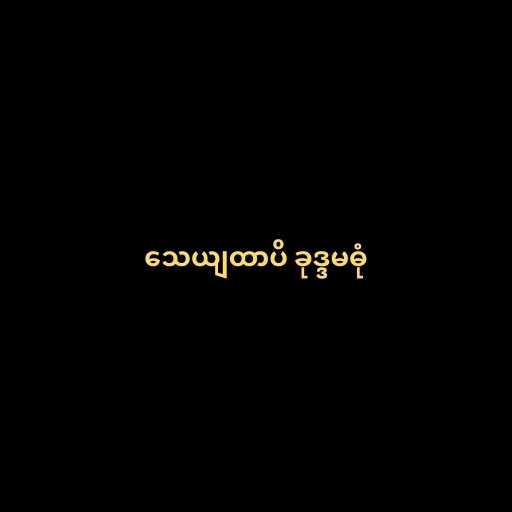
သေယျထာပိ ခုဒ္ဒမဓုံ